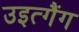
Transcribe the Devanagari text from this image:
उइत्गैंग